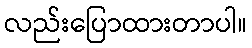
လည်းပြောထားတာပါ။